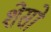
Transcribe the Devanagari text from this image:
शेसो